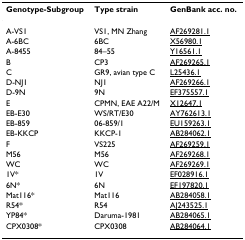
<table><thead><tr><td><b>Genotype-Subgroup</b></td><td><b>Type strain</b></td><td><b>GenBank acc. no.</b></td></tr></thead><tbody><tr><td>A-VS1</td><td>VS1, MN Zhang</td><td>AF269281.1</td></tr><tr><td>A-6BC</td><td>6BC</td><td>X56980.1</td></tr><tr><td>A-8455</td><td>84–55</td><td>Y16561.1</td></tr><tr><td>B</td><td>CP3</td><td>AF269265.1</td></tr><tr><td>C</td><td>GR9, avian type C</td><td>L25436.1</td></tr><tr><td>D-NJ1</td><td>NJ1</td><td>AF269266.1</td></tr><tr><td>D-9N</td><td>9N</td><td>EF375557.1</td></tr><tr><td>E</td><td>CPMN, EAE A22/M</td><td>X12647.1</td></tr><tr><td>EB-E30</td><td>WS/RT/E30</td><td>AY762613.1</td></tr><tr><td>EB-859</td><td>06-859/1</td><td>EU159263.1</td></tr><tr><td>EB-KKCP</td><td>KKCP-1</td><td>AB284062.1</td></tr><tr><td>F</td><td>VS225</td><td>AF269259.1</td></tr><tr><td>M56</td><td>M56</td><td>AF269268.1</td></tr><tr><td>WC</td><td>WC</td><td>AF269269.1</td></tr><tr><td>1V*</td><td>1V</td><td>EF028916.1</td></tr><tr><td>6N*</td><td>6N</td><td>EF197820.1</td></tr><tr><td>Mat116*</td><td>Mat116</td><td>AB284058.1</td></tr><tr><td>R54*</td><td>R54</td><td>AJ243525.1</td></tr><tr><td>YP84*</td><td>Daruma-1981</td><td>AB284065.1</td></tr><tr><td>CPX0308*</td><td>CPX0308</td><td>AB284064.1</td></tr></tbody></table>